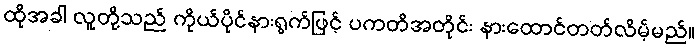
ထိုအခါ လူတို့သည် ကိုယ်ပိုင်နားရွက်ဖြင့် ပကတိအတိုင်း နားထောင်တတ်လိမ့်မည်။